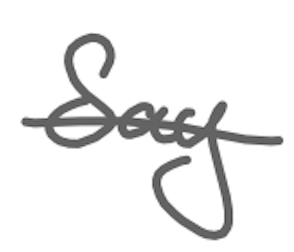
Text: Say
Cross-out: single-line
Writing tool: digital_gray